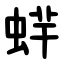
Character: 䖹